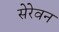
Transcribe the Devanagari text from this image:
सेरेवन